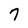
Character: 7